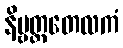
နိဗ္ဗတ္တတေလကံ